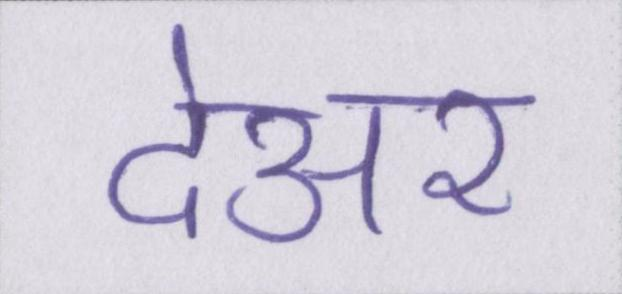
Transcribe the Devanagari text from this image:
देअर